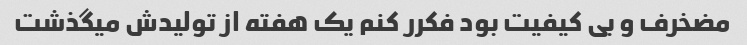
مضخرف و بی کیفیت بود فکرر کنم یک هفته از تولیدش میگذشت